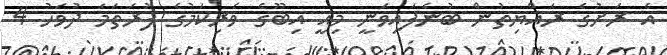
އެ ރަށުގެ ރައްޔިތުން ބުނެފައިވަނީ މިއީ އިބޫގެ ވެރިކަމުގެ ފުރަތަމަ ދުވަހު 4